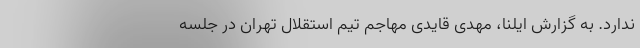
ندارد. به گزارش ایلنا، مهدی قایدی مهاجم تیم استقلال تهران در جلسه